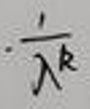
\[-\frac{1}{\lambda^k}\]